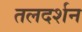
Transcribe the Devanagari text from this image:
तलदर्शन